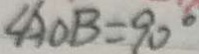
\angle A O B = 9 0 ^ { \circ }